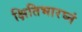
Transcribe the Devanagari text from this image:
क्षितिभारघ्नं